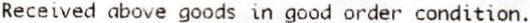
RECEIVED ABOVE GOODS IN GOOD ORDER CONDITION.